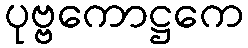
ပုဗ္ဗကောဋ္ဌကေ